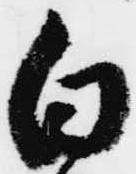
白